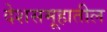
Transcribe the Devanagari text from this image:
देशसमूहातील